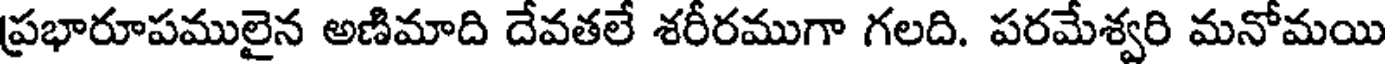
ప్రభారూపములైన అణిమాది దేవతలే శరీరముగా గలది. పరమేశ్వరి మనోమయి